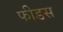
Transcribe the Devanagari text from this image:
फीडस